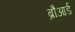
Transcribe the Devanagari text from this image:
ब्रौआर्ड